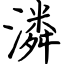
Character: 潾